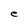
Character: e